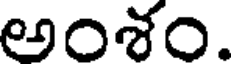
అంశం.